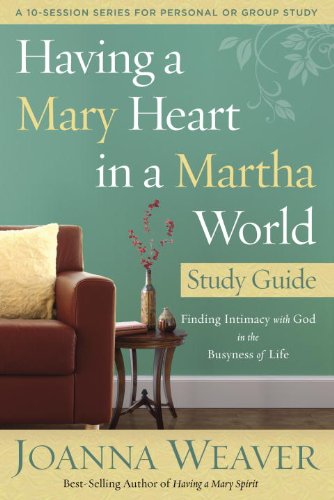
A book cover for Having a Mary Heart in a Martha World Study Guide: Finding Intimacy with God in the Busyness of Life (A 10-Session Series for Personal Or Group Study); Joanna Weaver; Christian Books & Bibles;